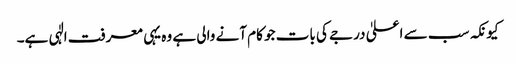
کیونکہ سب سے اعلیٰ درجے کی بات جو کام آنے والی ہے وہ یہی معرفت الٰہی ہے۔